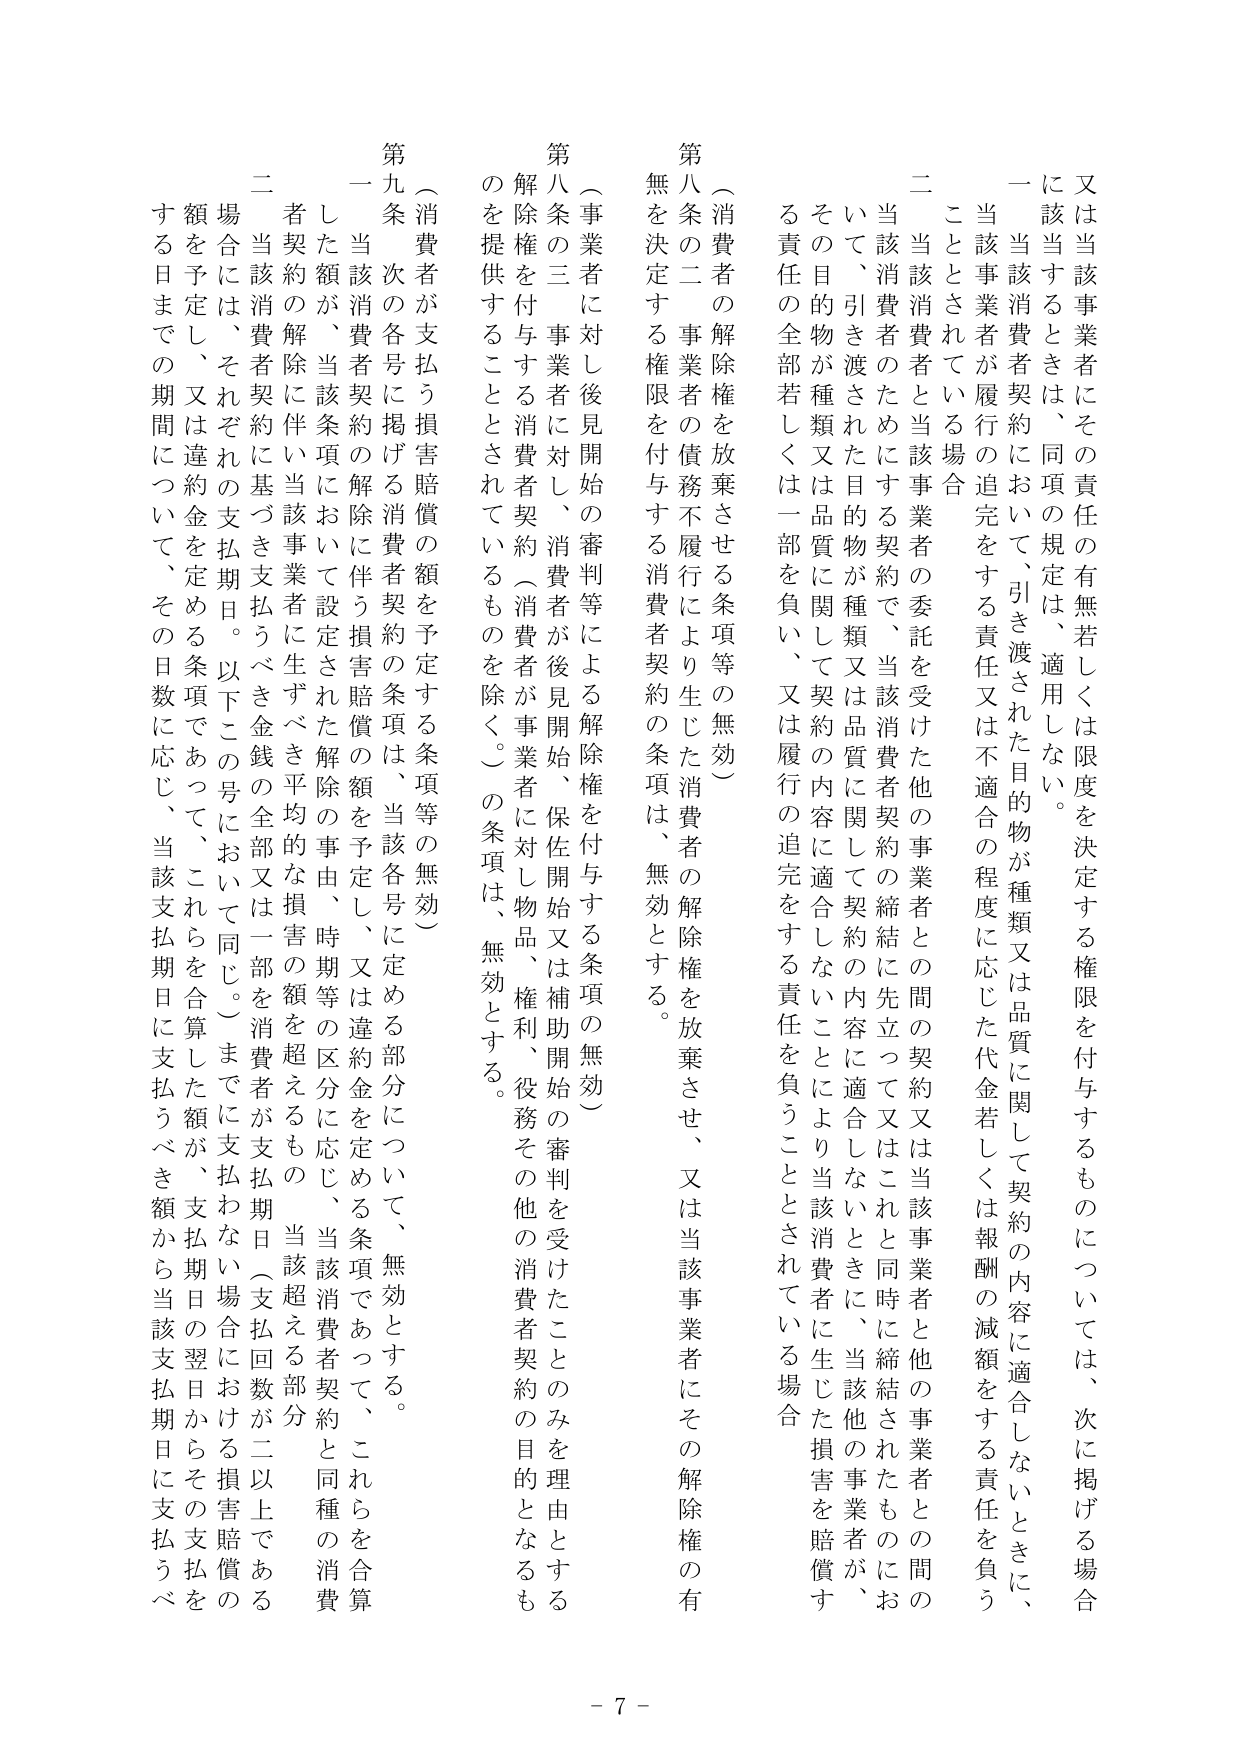
又は当該事業者にその責任の有無若しくは限度を決定する権限を付与するものについては、次に掲げる場合に該当するときは、同項の規定は、適用しない。

一 当該消費者契約において、引き渡された目的物が種類又は品質に関して契約の内容に適合しないときに、当該事業者が履行の追完をする責任又は不適合の程度に応じた代金若しくは報酬の減額をする責任を負うこととされている場合

二 当該消費者と当該事業者の委託を受けた他の事業者との間の契約又は当該事業者と他の事業者との間の当該消費者のためにする契約で、当該消費者契約の締結に先立って又はこれと同時に締結されたものにおいて、引き渡された目的物が種類又は品質に関して契約の内容に適合しないときに、当該他の事業者が、その目的物が種類又は品質に関して契約の内容に適合しないことにより当該消費者に生じた損害を賠償する責任の全部若しくは一部を負い、又は履行の追完をする責任を負うこととされている場合

（消費者の解除権を放棄させる条項等の無効）

第八条の二 事業者の債務不履行により生じた消費者の解除権を放棄させ、又は当該事業者にその解除権の有無を決定する権限を付与する消費者契約の条項は、無効とする。

（事業者に対し後見開始の審判等による解除権を付与する条項の無効）

第八条の三 事業者に対し、消費者が後見開始、保佐開始又は補助開始の審判を受けたことのみを理由とする解除権を付与する消費者契約（消費者が事業者に対し物品、権利、役務その他の消費者契約の目的となるものを提供することとされているものを除く。）の条項は、無効とする。

（消費者が支払う損害賠償の額を予定する条項等の無効）

第九条 次の各号に掲げる消費者契約の条項は、当該各号に定める部分について、無効とする。

一 当該消費者契約の解除に伴う損害賠償の額を予定し、又は違約金を定める条項であって、これらを合算した額が、当該条項において設定された解除の事由、時期等の区分に応じ、当該消費者契約と同種の消費者契約の解除に伴い当該事業者に生ずべき平均的な損害の額を超えるもの

二 当該消費者契約に伴い当該事業者に生ずべき金銭の全部又は一部を消費者が支払うべき額を予定し、又は違約金を定める条項であって、これらを合算した額が、支払期日（支払回数が二以上である場合には、それぞれの支払期日。以下この号において同じ。）までに支払わない場合における損害賠償の額を予定し、又は違約金を定める条項であって、これらを合算した額が、支払期日の翌日からその支払をする日までの期間について、その日数に応じ、当該支払期日に支払うべき額から当該支払期日に支払うべき額

- 7 -